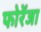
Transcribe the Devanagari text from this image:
फोरेंजा